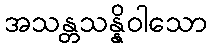
အသန္တသန္နိဝါသော